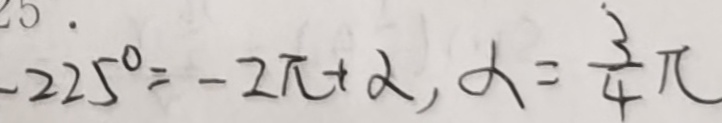
- 2 2 5 ^ { \circ } = - 2 \pi + \alpha , \alpha = \frac { 3 } { 4 } \pi